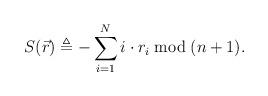
LaTeX: \begin{align*}S(\vec{r}) \triangleq -\sum_{i=1}^{N} i \cdot r_i \bmod (n+1).\end{align*}